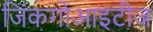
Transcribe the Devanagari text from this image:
जिंकगोआइटीज